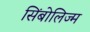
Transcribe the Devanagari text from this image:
सिंबोलिज्म